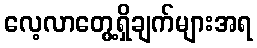
လေ့လာတွေ့ရှိချက်များအရ